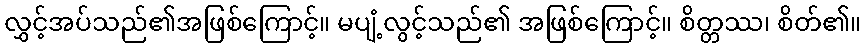
လွှင့်အပ်သည်၏အဖြစ်ကြောင့်။ မပျံ့လွင့်သည်၏ အဖြစ်ကြောင့်။ စိတ္တဿ၊ စိတ်၏။